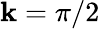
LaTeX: \mathbf{k}=\pi/2